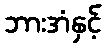
ဘားအံနှင့်